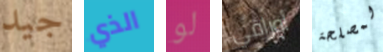
جيد الذي لو أوراقي لمصلحة